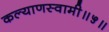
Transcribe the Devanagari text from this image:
कल्याणस्वामी॥५॥